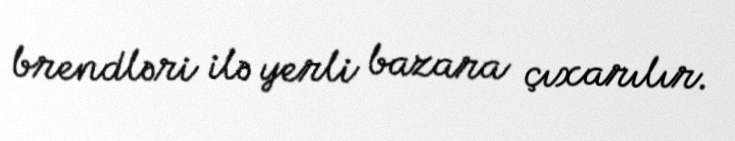
brendləri ilə yerli bazara çıxarılır.